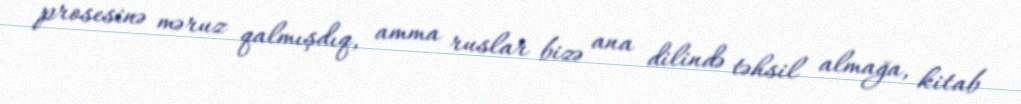
prosesinə məruz qalmışdıq, amma ruslar bizə ana dilində təhsil almağa, kitab